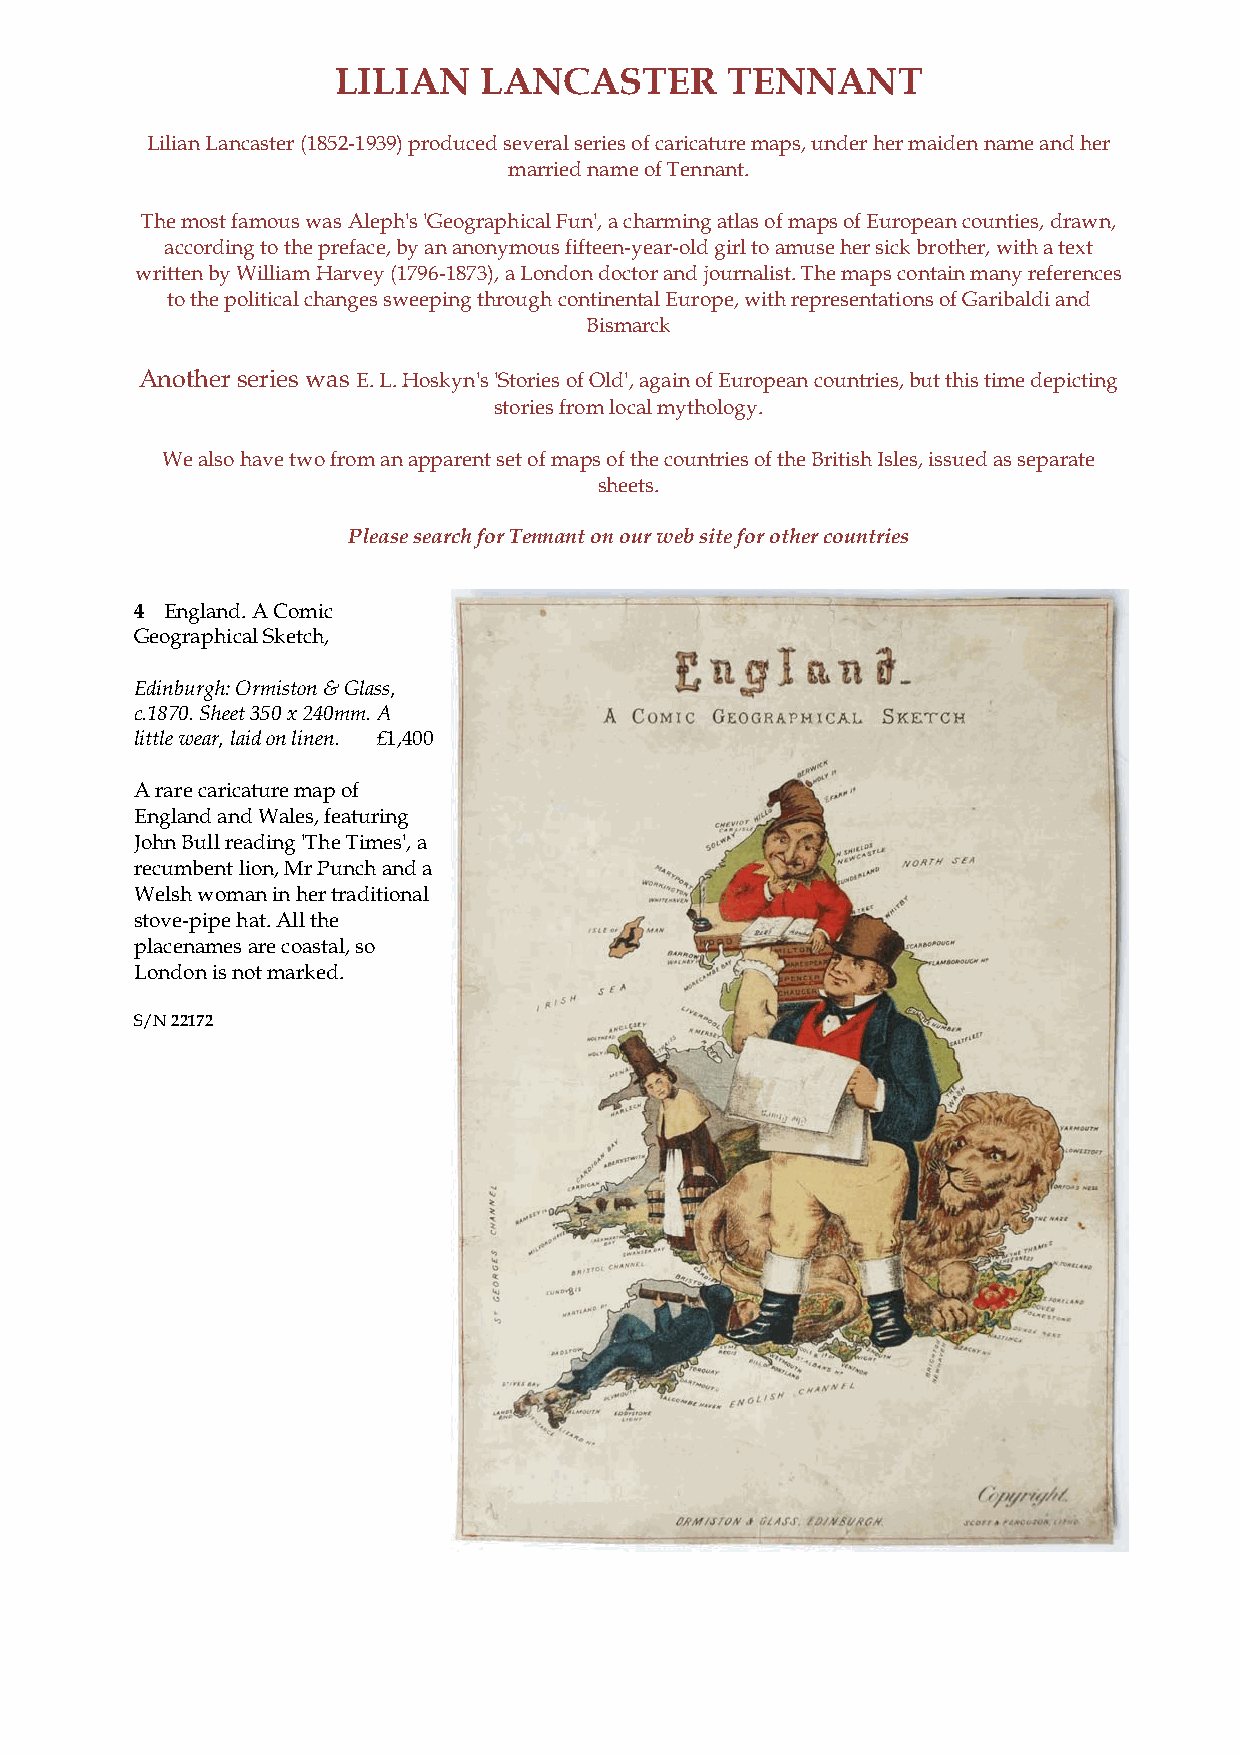
LILIAN    LANCASTER       TENNANT
 Lilian Lancaster (1852-1939) produced several series of caricature maps, under her maiden name and her
 married name of Tennant.
 The most famous was Aleph's 'Geographical Fun', a charming atlas of maps of European counties, drawn,
 according to the preface, by an anonymous fifteen-year-old girl to amuse her sick brother, with a text
 written by William Harvey (1796-1873), a London doctor and journalist. The maps contain many references
 to the political changes sweeping through continental Europe, with representations of Garibaldi and
 Bismarck
 Another series was E. L. Hoskyn's 'Stories of Old', again of European countries, but this time depicting
 stories from local mythology.
 We also have two from an apparent set of maps of the countries of the British Isles, issued as separate
 sheets.
 Please search for Tennant on our web site for other countries
 4 England. A Comic
 Geographical Sketch,
 Edinburgh: Ormiston & Glass,
 c.1870. Sheet 350 x 240mm. A
 little wear, laid on linen. £1,400
 A rare caricature map of
 England and Wales, featuring
 John Bull reading 'The Times', a
 recumbent lion, Mr Punch and a
 Welsh woman in her traditional
 stove-pipe hat. All the
 placenames are coastal, so
 London is not marked.
 S/N 22172